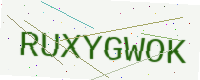
Text: RUXYGWOK